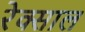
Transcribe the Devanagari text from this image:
रेक्साल